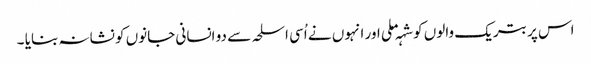
اس پر بتریک والوں کو شہہ ملی اور انہوں نے اُسی اسلحہ سے دو انسانی جانوں کو نشانہ بنایا ۔